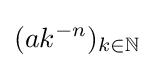
(ak^{-n})_{k\in \mathbb {N} }